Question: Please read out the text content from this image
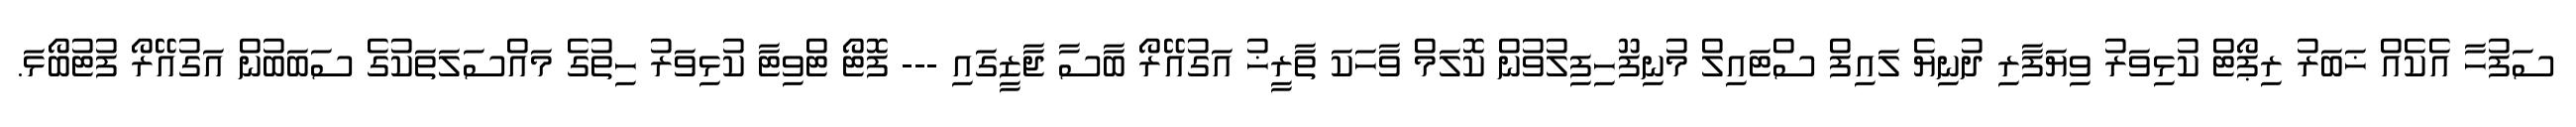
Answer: ސަފުހާ އެކެއް ޚަބަރު ރިޕޯޓް ކުޅިވަރު ވިޔަފާރި ދުނިޔެ ލައިފް ސްޓައިލް މުނިފޫހިފިލުވުން ކޮލަމް ވާހަކަ ތާރީޚު އަގުއޭރޯ ބާސާ ޖާޒީގައި --- ފޮޓޯ ޓްވިޓާ ކުޅިވަރު ހިތުގެ މައްސަލަތަކުގެ ސަބަބުން އަގުއޭރޯ ފުޓުބޯޅަ.